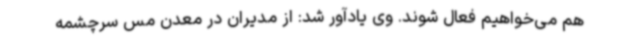
هم می‌خواهیم فعال شوند. وی یادآور شد: از مدیران در معدن مس سرچشمه